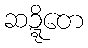
ဆဍ္ဍိတေ